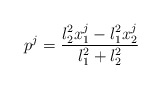
\begin{align*} p^j = \frac{\l_2^2 x_1^j - \l_1^2 x_2^j}{\l_1^2 + \l_2^2}\end{align*}